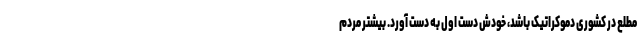
مطلع در کشوری دموکراتیک باشد، خودش دست اول به دست آورد. بیشتر مردم